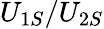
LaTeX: U_{1S}/U_{2S}